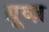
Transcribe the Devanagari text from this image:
ग्रूव्ज़